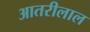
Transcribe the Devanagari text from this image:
आतरीलाल